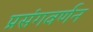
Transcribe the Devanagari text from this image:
प्रसंगवर्णन